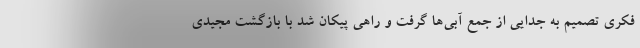
فکری تصمیم به جدایی از جمع آبی‌ها گرفت و راهی پیکان شد با بازگشت مجیدی